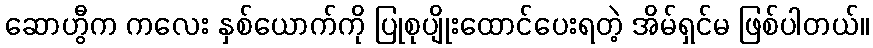
ဆောဟွီက ကလေး နှစ်ယောက်ကို ပြုစုပျိုးထောင်ပေးရတဲ့ အိမ်ရှင်မ ဖြစ်ပါတယ်။